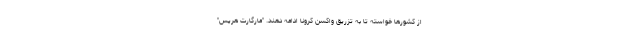
از کشورها خواسته تا به تزریق واکسن کرونا ادامه دهند. "مارگارت هریس"